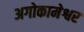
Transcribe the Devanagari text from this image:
अगोकामेश्वर